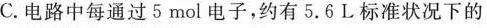
C.电路中每通过5mol电子，约有5.6L标准状况下